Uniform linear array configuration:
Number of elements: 32
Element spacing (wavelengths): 0.25
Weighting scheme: hamming
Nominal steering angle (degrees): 30
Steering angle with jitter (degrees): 30.246
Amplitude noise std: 0.05
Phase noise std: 0.05

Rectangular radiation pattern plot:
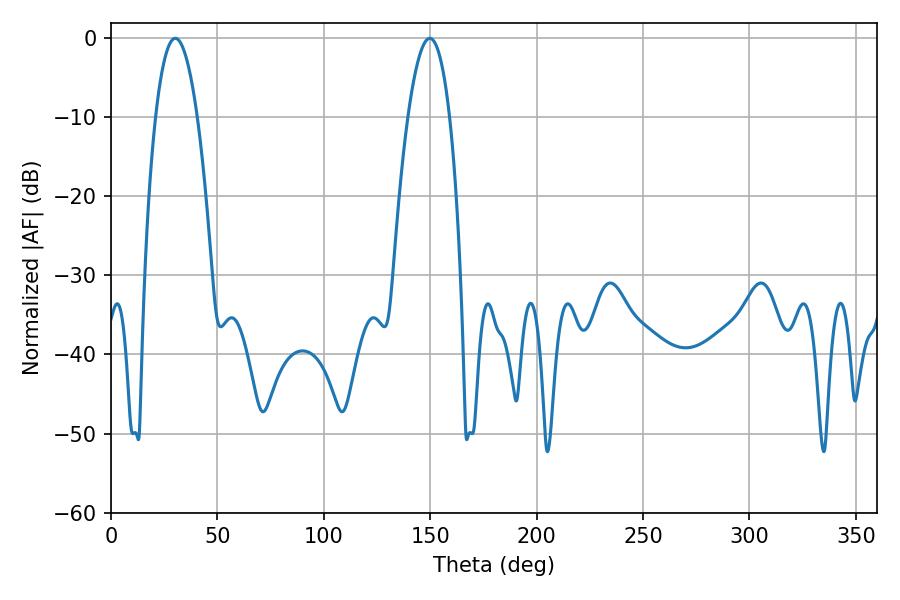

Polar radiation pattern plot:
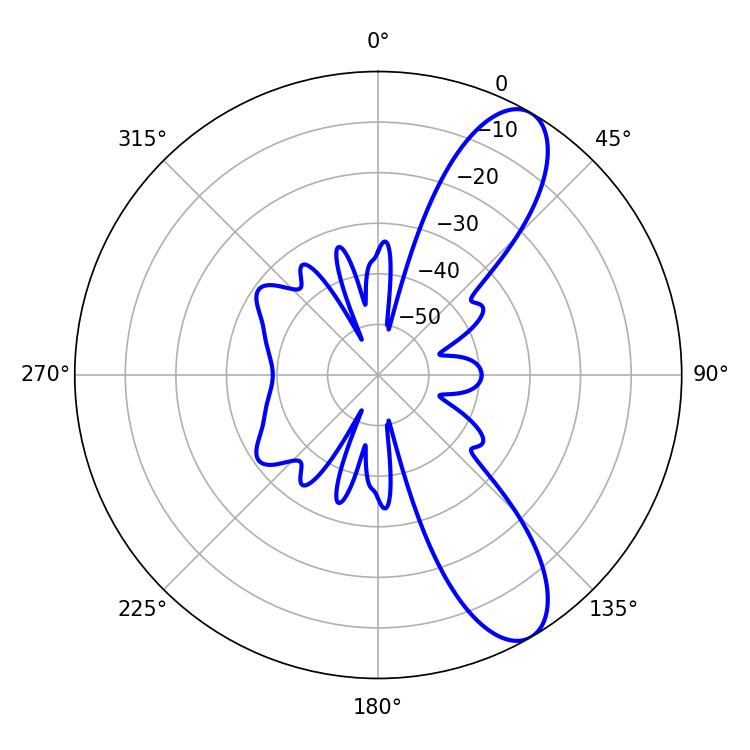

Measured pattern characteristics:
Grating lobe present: FALSE
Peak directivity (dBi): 9.902
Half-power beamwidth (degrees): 10.8
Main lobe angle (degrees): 30.24